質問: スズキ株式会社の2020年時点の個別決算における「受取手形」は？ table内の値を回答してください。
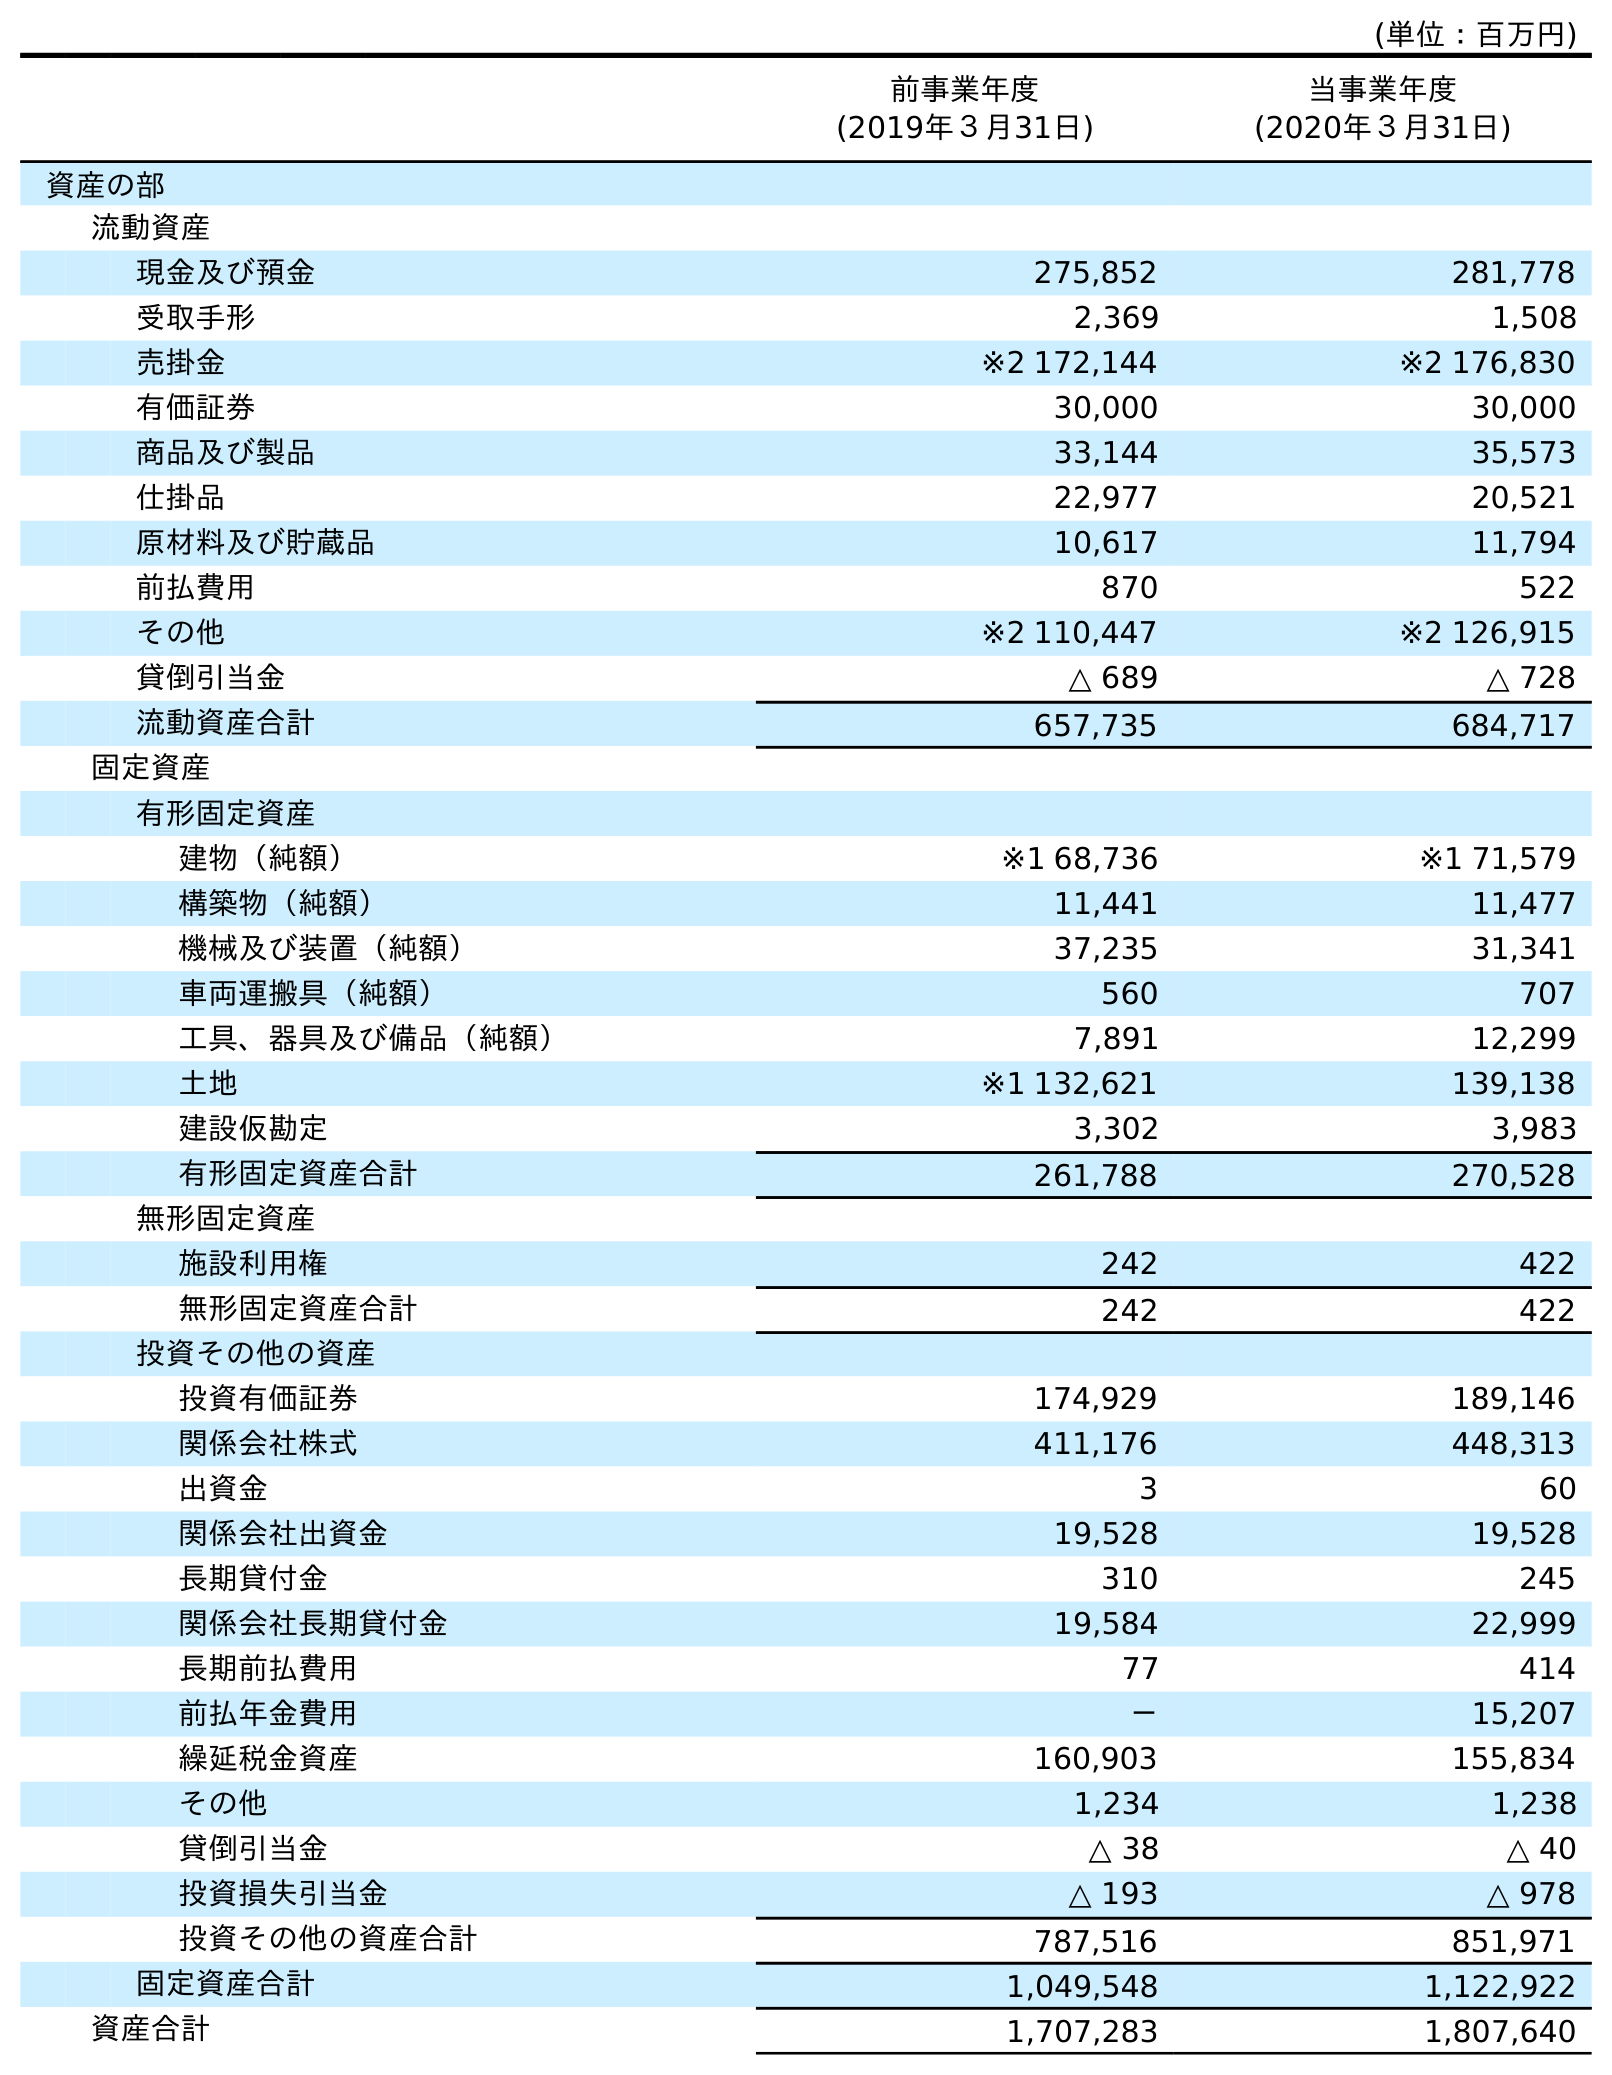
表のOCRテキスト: (単位：百万円) 前事業年度 (2019年３月31日) 当事業年度 (2020年３月31日) 資産の部 流動資産 現金及び預金 275,852 281,778 受取手形 2,369 1,508 売掛金 ※2 172,144 ※2 176,830 有価証券 30,000 30,000 商品及び製品 33,144 35,573 仕掛品 22,977 20,521 原材料及び貯蔵品 10,617 11,794 前払費用 870 522 その他 ※2 110,447 ※2 126,915 貸倒引当金 △ 689 △ 728 流動資産合計 657,735 684,717 固定資産 有形固定資産 建物（純額） ※1 68,736 ※1 71,579 構築物（純額） 11,441 11,477 機械及び装置（純額） 37,235 31,341 車両運搬具（純額） 560 707 工具、器具及び備品（純額） 7,891 12,299 土地 ※1 132,621 139,138 建設仮勘定 3,302 3,983 有形固定資産合計 261,788 270,528 無形固定資産 施設利用権 242 422 無形固定資産合計 242 422 投資その他の資産 投資有価証券 174,929 189,146 関係会社株式 411,176 448,313 出資金 3 60 関係会社出資金 19,528 19,528 長期貸付金 310 245 関係会社長期貸付金 19,584 22,999 長期前払費用 77 414 前払年金費用 － 15,207 繰延税金資産 160,903 155,834 その他 1,234 1,238 貸倒引当金 △ 38 △ 40 投資損失引当金 △ 193 △ 978 投資その他の資産合計 787,516 851,971 固定資産合計 1,049,548 1,122,922 資産合計 1,707,283 1,807,640
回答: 1,508